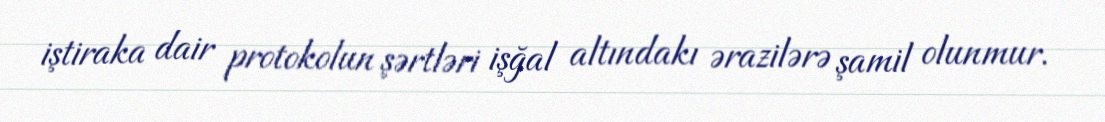
iştiraka dair protokolun şərtləri işğal altındakı ərazilərə şamil olunmur.